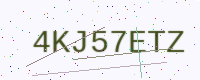
Text: 4KJ57ETZ